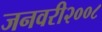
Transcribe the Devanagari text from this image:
जनवरी२००८